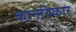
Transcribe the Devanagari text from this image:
कानविकार